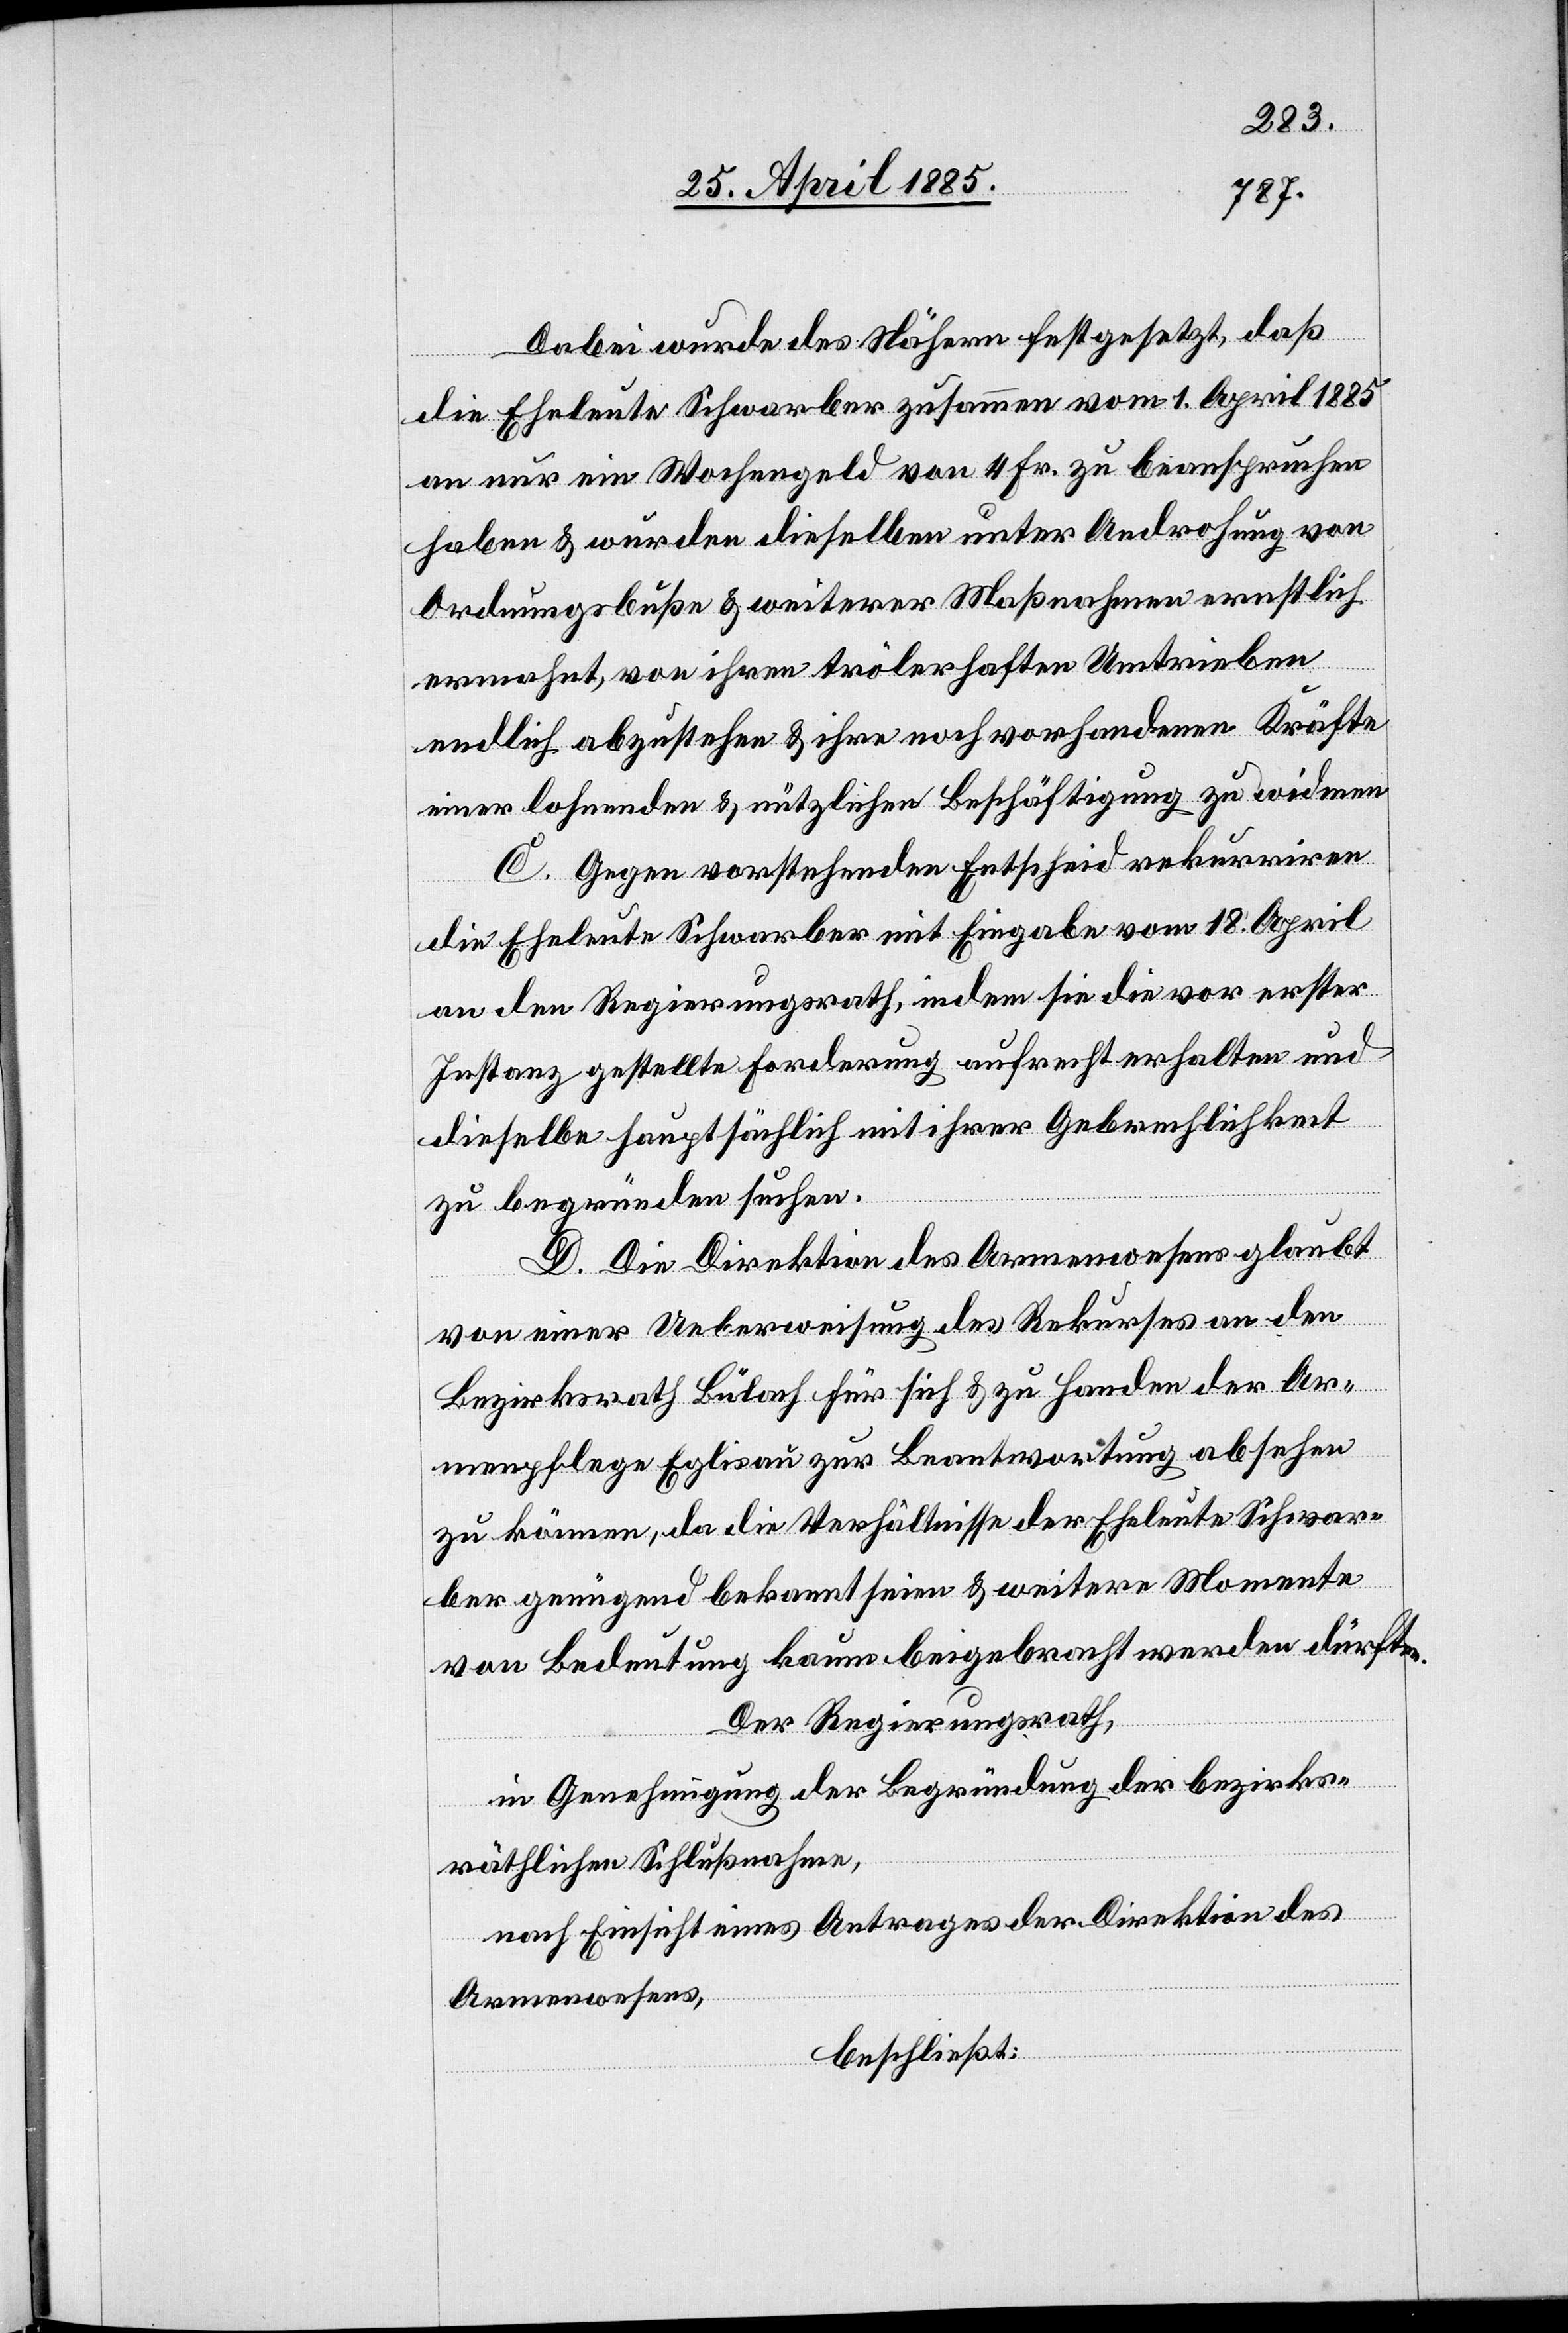
Dabei wurde des Nähern festgesetzt, daß
die Eheleute Schwarber zusammen vom 1. April 1885
an nur ein Wohngeld von 4 Fr. zu beanspruchen
haben & wurden dieselben unter Androhung von
Ordnungsbuße & weiterer Maßnahmen ernstlich
ermahnt, von ihren trölerhaften Umtrieben
endlich abzustehen & ihre noch vorhandenen Kräfte
einer lohnenden & nützlichen Beschäftigung zu widmen.
C. Gegen vorstehenden Entscheid rekurriren
die Eheleute Schwarber mit Eingabe vom 18. April
an den Regierungsrath, indem sie die vor erster
Instanz gestellte Forderung aufrecht erhalten und
dieselbe hauptsächlich mit ihrer Gebrechlichkeit
zu begründen suchen.
D. Die Direktion des Armenwesens glaubt
von einer Ueberweisung des Rekurses an den
Bezirksrath Bülach für sich & zu Handen der Ar¬
menpflege Eglisau zur Beantwortung absehen
zu können, da die Verhältnisse der Eheleute Schwar¬
ber genügend bekannt seien & weitere Momente
von Bedeutung kaum beigebracht werden dürften.
Der Regierungsrath,
in Genehmigung der Begründung der bezirks¬
räthlichen Schlußnahme,
nach Einsicht eines Antrages der Direktion des
Armenwesens,
beschließt: